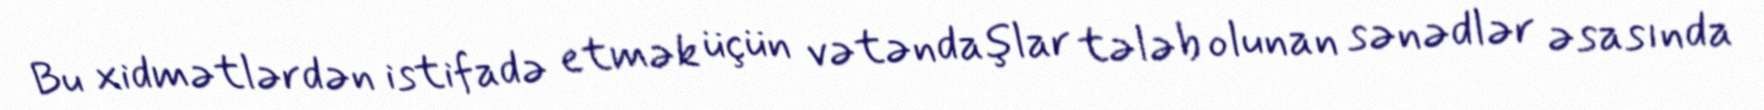
Bu xidmətlərdən istifadə etmək üçün vətəndaşlar tələb olunan sənədlər əsasında